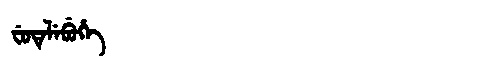
Manchu: ᠸᡠᡩᡝᠯᡝᠪᡠᡥᡝ
Romanization: FUDELEBUHE